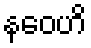
နဝေဟိ